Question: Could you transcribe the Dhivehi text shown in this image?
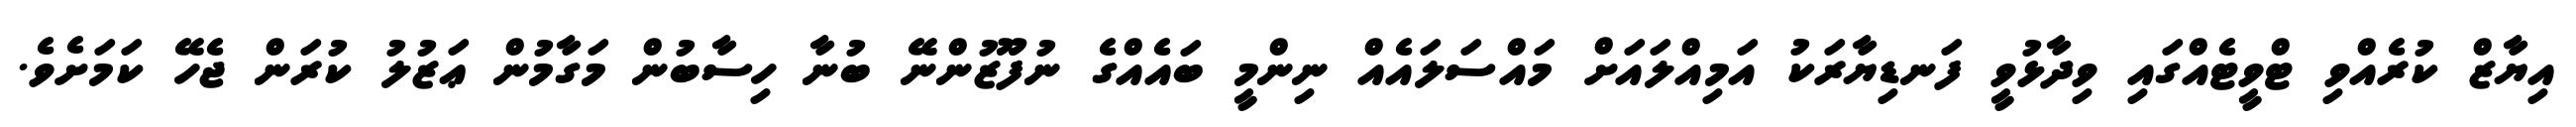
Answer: އިޔާޒް ކުރެއްވި ޓްވީޓެއްގައި ވިދާޅުވީ ފަނޑިޔާރަކު އަމިއްލައަށް މައްސަލައެއް ނިންމީ ބައެއްގެ ނުފޫޒުންނޭ ބުނާ ހިސާބުން މަގާމުން ޢަޒުލު ކުރަން ޖެހޭ ކަމަށެވެ.